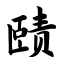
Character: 赜